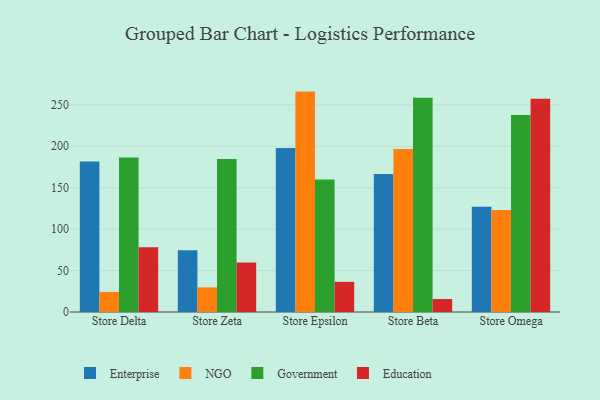
{"axis": {"x": "Store", "y": "Shipments"}, "legend": ["Education", "Enterprise", "Government", "NGO"], "data": [{"x": "Store Delta", "y": 181.6, "type": "Enterprise"}, {"x": "Store Delta", "y": 24.2, "type": "NGO"}, {"x": "Store Delta", "y": 186.4, "type": "Government"}, {"x": "Store Delta", "y": 78.2, "type": "Education"}, {"x": "Store Zeta", "y": 74.6, "type": "Enterprise"}, {"x": "Store Zeta", "y": 29.7, "type": "NGO"}, {"x": "Store Zeta", "y": 184.6, "type": "Government"}, {"x": "Store Zeta", "y": 59.7, "type": "Education"}, {"x": "Store Epsilon", "y": 198.0, "type": "Enterprise"}, {"x": "Store Epsilon", "y": 266.0, "type": "NGO"}, {"x": "Store Epsilon", "y": 159.9, "type": "Government"}, {"x": "Store Epsilon", "y": 36.4, "type": "Education"}, {"x": "Store Beta", "y": 166.6, "type": "Enterprise"}, {"x": "Store Beta", "y": 196.6, "type": "NGO"}, {"x": "Store Beta", "y": 258.7, "type": "Government"}, {"x": "Store Beta", "y": 15.6, "type": "Education"}, {"x": "Store Omega", "y": 127.0, "type": "Enterprise"}, {"x": "Store Omega", "y": 123.1, "type": "NGO"}, {"x": "Store Omega", "y": 237.9, "type": "Government"}, {"x": "Store Omega", "y": 257.4, "type": "Education"}]}